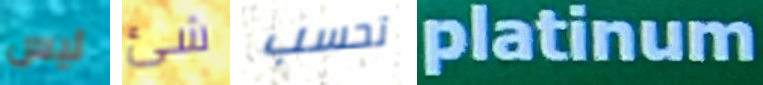
ليس شئ تحسب platinum